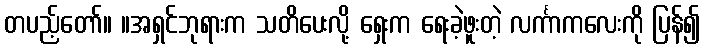
တပည့်တော်။ ။အရှင်ဘုရားက သတိပေးလို့ ရှေးက ရေးခဲ့ဖူးတဲ့ လင်္ကာကလေးကို ပြန်၍